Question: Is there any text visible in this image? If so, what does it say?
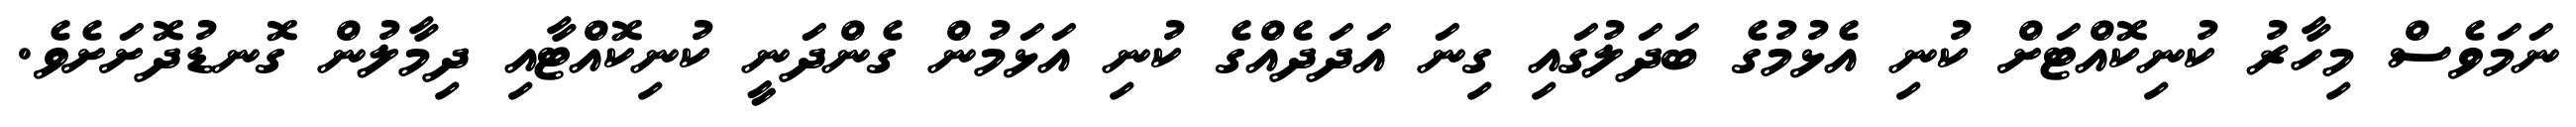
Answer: ނަމަވެސް މިހާރު ކުނިކޮއްޓަށް ކުނި އެޅުމުގެ ބަދަލުގައި ގިނަ އަދަދެއްގެ ކުނި އަޅަމުން ގެންދަނީ ކުނިކޮއްޓާއި ދިމާލުން ގޮނޑުދޮށަށެވެ.